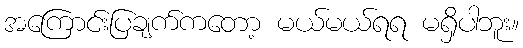
အကြောင်းပြချက်ကတော့ မယ်မယ်ရရ မရှိပါဘူး။